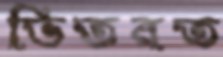
ভিতরত